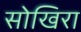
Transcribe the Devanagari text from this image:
सोखिरा